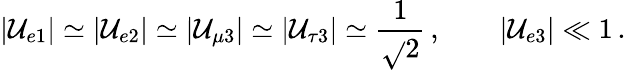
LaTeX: |\mathcal{U}_{e1}|\simeq|\mathcal{U}_{e2}|\simeq|\mathcal{U}_{\mu3}|\simeq|\mathcal{U}_{\tau3}|\simeq\frac{{1}}{{\sqrt{}{{2}}}}\, ,\qquad|\mathcal{U}_{e3}|\ll1\, .